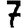
Digit: 7